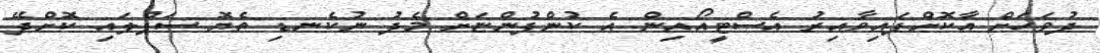
ދުވަހަށް އާކޮށްފައިވާއިރު އެސްޓީއޯއިން އެ ކުންފުންޏަށް މެދު ނުކެނޑި ތެޔޮ ސަޕްލައި ކޮށްދޭ